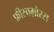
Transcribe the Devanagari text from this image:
फ़ीसाग़ोरस